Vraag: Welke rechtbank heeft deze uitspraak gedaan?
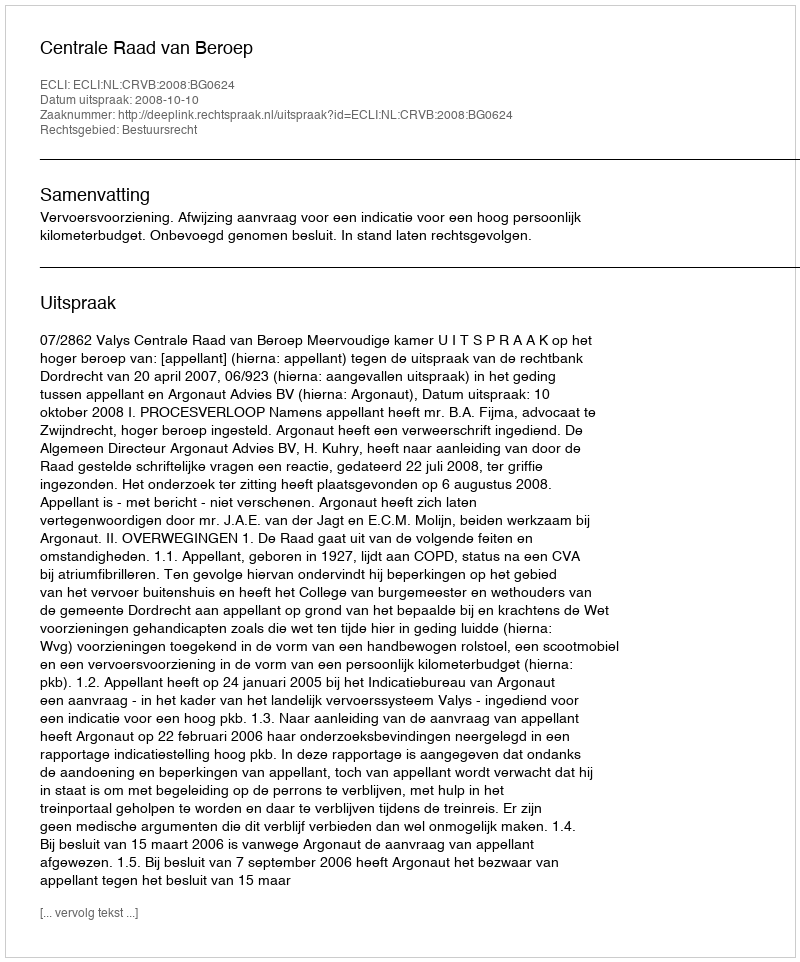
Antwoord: Centrale Raad van Beroep